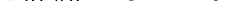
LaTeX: \smash{\mathbf{v}_{\mathrm{{~b~e~n~d~}}}=8.2\times10^{-4}}